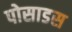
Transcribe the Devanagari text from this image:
पोसाडस